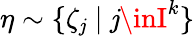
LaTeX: \eta\sim\{ \zeta_{\mathit{j}}\; |\; \mathit{j}\inI^{k}\}